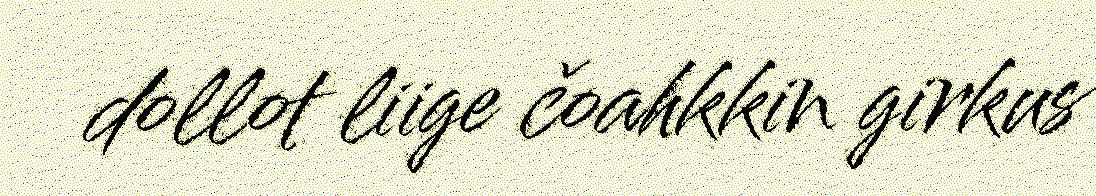
dollot liige čoahkkin girkus